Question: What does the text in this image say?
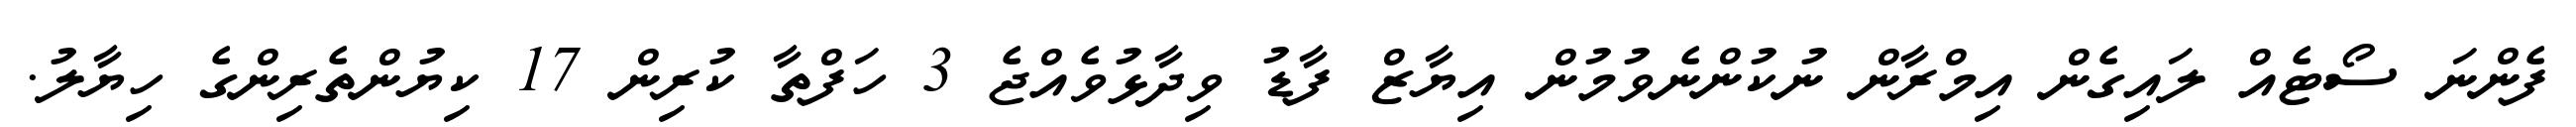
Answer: ފެންނަ ސޯޓެއް ލައިގެން އިމްރާން ނުކުންނެވުމުން އިޔާޒް ފާޑު ވިދާޅުވެއްޖެ 3 ހަފްތާ ކުރިން 17 ކިޔުންތެރިންގެ ހިޔާލު.